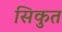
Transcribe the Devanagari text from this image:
सिकुत